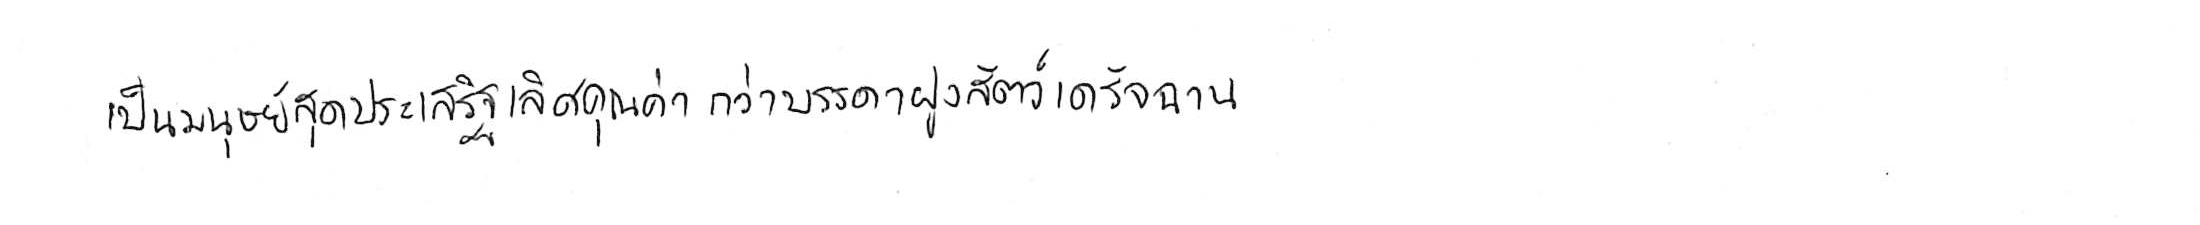
เป็นมนุษย์สุดประเสริฐเลิศคุณค่า กว่าบรรดาฝูงสัตว์เดรัจฉาน